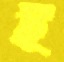
ই